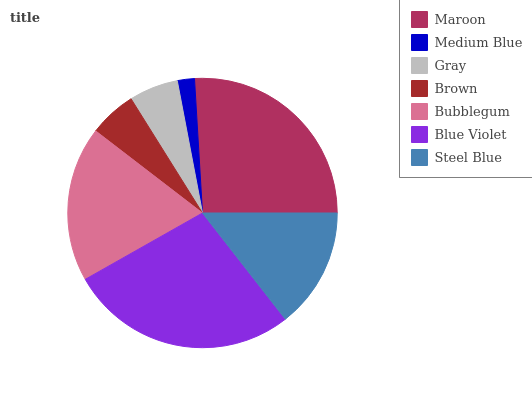
| Maroon | Medium Blue | Gray | Brown | Bubblegum | Blue Violet | Steel Blue |
 | --- | --- | --- | --- | --- | --- | --- |
 | 25.9% | 2.05% | 5.9% | 5.68% | 18.6% | 27.4% | 14.4% |